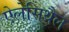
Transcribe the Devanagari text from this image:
ऐलेसिथैल